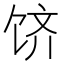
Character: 𬲶